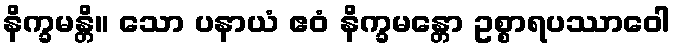
နိက္ခမန္တိ။ သော ပနာယံ ဧဝံ နိက္ခမန္တော ဥစ္စာရပဿာဝေါ